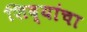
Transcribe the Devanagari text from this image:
शिद्यांचा